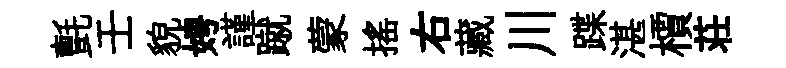
氈壬貌娉謹蹴蒙搖右藏川蹀湛檟荘